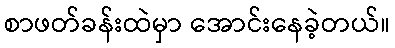
စာဖတ်ခန်းထဲမှာ အောင်းနေခဲ့တယ်။